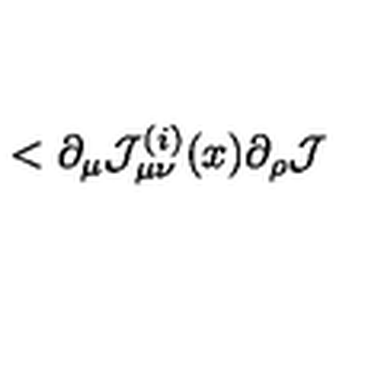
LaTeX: < \partial _ { \mu } { \cal J } _ { \mu \nu } ^ { ( i ) } ( x ) \partial _ { \rho } { \cal J }